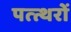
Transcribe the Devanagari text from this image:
पत्त्थरों